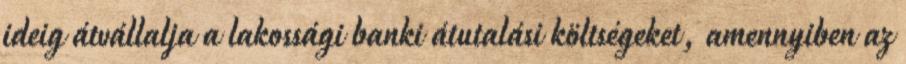
ideig átvállalja a lakossági banki átutalási költségeket, amennyiben az